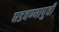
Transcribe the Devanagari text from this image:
घडवण्यापुर्वी